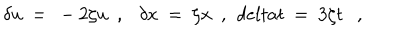
\delta u \ = \ - 2 \zeta u \ \ , \ \ \ \delta x \ = \ \zeta x \ \ , \ \, d e l t a t \ = \ 3 \zeta t \ \ \ ,